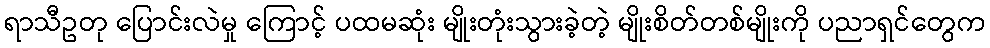
ရာသီဥတု ပြောင်းလဲမှု ကြောင့် ပထမဆုံး မျိုးတုံးသွားခဲ့တဲ့ မျိုးစိတ်တစ်မျိုးကို ပညာရှင်တွေက